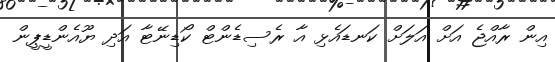
އިން ރާއްޖެ އަށް އަލަށް ކަނޑައެޅި އާ ރެސިޑެންޓް ކޯޑިނޭޓާ އަދި ޔޫއެންޑީޕީން